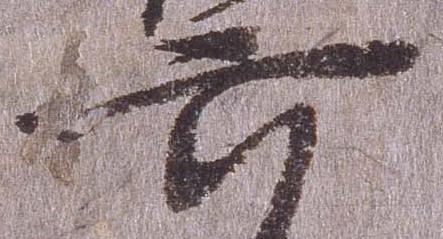
六